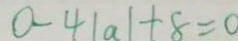
0 - 4 \vert a \vert + 8 = 0